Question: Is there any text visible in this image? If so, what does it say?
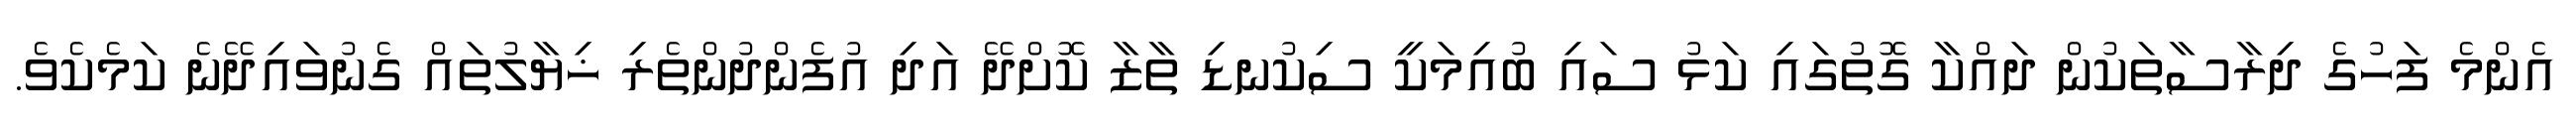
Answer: އެންމެ ފަހުގެ ދިރާސާތަކުން ދައްކާ ގޮތުގައި ކަޅު ސައި ބުއިމަކީ ސިކުނޑި ތާޒާ ކޮށްދޭ އަދި އުފެންދުންތެރި ޚިޔާލުތައް ގެނުވައިދޭނެ ކަމެކެވެ.